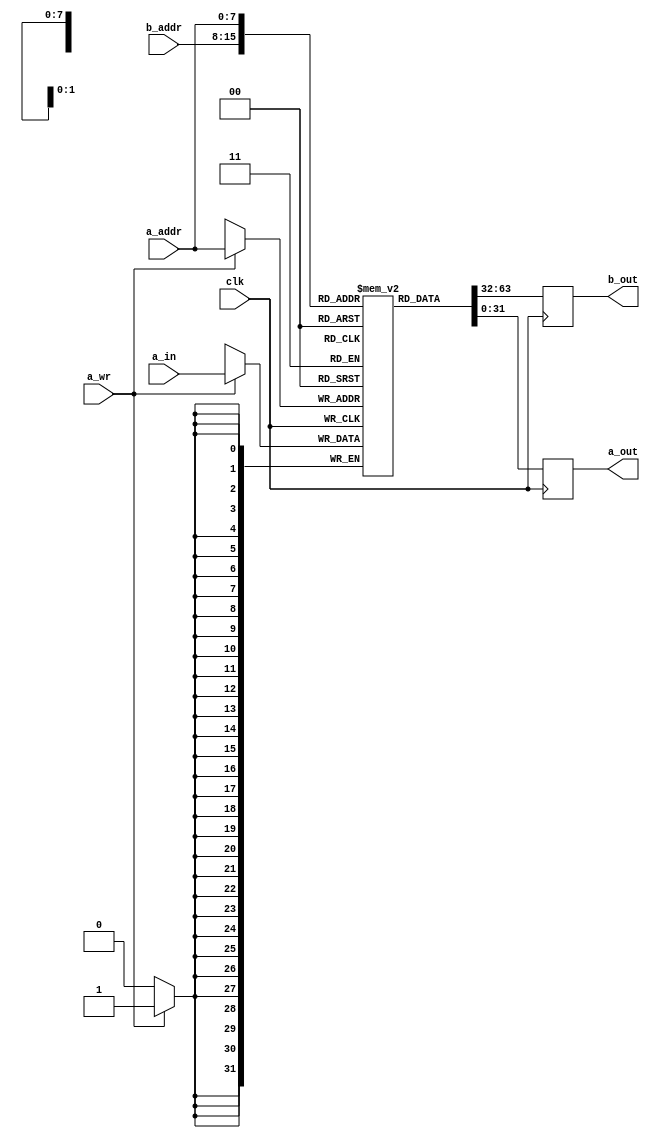
//======================================================================
//
// Copyright (c) 2015, 2018 NORDUnet A/S All rights reserved.
//
// Redistribution and use in source and binary forms, with or without
// modification, are permitted provided that the following conditions
// are met:
// - Redistributions of source code must retain the above copyright
//   notice, this list of conditions and the following disclaimer.
//
// - Redistributions in binary form must reproduce the above copyright
//   notice, this list of conditions and the following disclaimer in the
//   documentation and/or other materials provided with the distribution.
//
// - Neither the name of the NORDUnet nor the names of its contributors may
//   be used to endorse or promote products derived from this software
//   without specific prior written permission.
//
// THIS SOFTWARE IS PROVIDED BY THE COPYRIGHT HOLDERS AND CONTRIBUTORS "AS
// IS" AND ANY EXPRESS OR IMPLIED WARRANTIES, INCLUDING, BUT NOT LIMITED
// TO, THE IMPLIED WARRANTIES OF MERCHANTABILITY AND FITNESS FOR A
// PARTICULAR PURPOSE ARE DISCLAIMED. IN NO EVENT SHALL THE COPYRIGHT
// HOLDER OR CONTRIBUTORS BE LIABLE FOR ANY DIRECT, INDIRECT, INCIDENTAL,
// SPECIAL, EXEMPLARY, OR CONSEQUENTIAL DAMAGES (INCLUDING, BUT NOT LIMITED
// TO, PROCUREMENT OF SUBSTITUTE GOODS OR SERVICES; LOSS OF USE, DATA, OR
// PROFITS; OR BUSINESS INTERRUPTION) HOWEVER CAUSED AND ON ANY THEORY OF
// LIABILITY, WHETHER IN CONTRACT, STRICT LIABILITY, OR TORT (INCLUDING
// NEGLIGENCE OR OTHERWISE) ARISING IN ANY WAY OUT OF THE USE OF THIS
// SOFTWARE, EVEN IF ADVISED OF THE POSSIBILITY OF SUCH DAMAGE.
//
//======================================================================
`timescale 1ns / 1ps

module bram_1rw_1ro_readfirst #
(
    parameter MEM_WIDTH     = 32,
    parameter MEM_ADDR_BITS =  8
)
(
    input   clk,

    input  [MEM_ADDR_BITS-1:0] a_addr,
    input                      a_wr,
    input  [MEM_WIDTH    -1:0] a_in,
    output [MEM_WIDTH    -1:0] a_out,

    input  [MEM_ADDR_BITS-1:0] b_addr,
    output [MEM_WIDTH    -1:0] b_out
);


    //
    // BRAM
    //
    (* RAM_STYLE="BLOCK" *)
    reg [MEM_WIDTH-1:0] bram[0:(2**MEM_ADDR_BITS)-1];


    //
    // Initialization for Simulation
    //
    /*
    integer c;
    initial begin
        for (c=0; c<(2**MEM_ADDR_BITS); c=c+1)
        bram[c] = {MEM_WIDTH{1'b0}};
    end
    */



    //
    // Output Registers
    //
    reg [MEM_WIDTH-1:0] bram_reg_a;
    reg [MEM_WIDTH-1:0] bram_reg_b;

    assign a_out = bram_reg_a;
    assign b_out = bram_reg_b;

    
    //
    // Note, that when both ports are accessing the same location, conflict can
    // potentionally arise. See Xilinx UG473 (pages 19-20, "Conflict
    // Avoidance") for more information. In our configuration to avoid that the
    // write port must be coded to operate in READ_FIRST mode. If the write
    // port is overwriting the same address the read port is accessing, the 
    // write port must read the previously stored data (not the data it is
    // writing, as that would be WRITE_FIRST mode).
    //


    //
    // Read-Write Port A
    //
    always @(posedge clk) begin
        //
        bram_reg_a <= bram[a_addr];
        //
        if (a_wr) bram[a_addr] <= a_in;
        //
    end


    //
    // Read-Only Port B
    //
    always @(posedge clk)
        //
        bram_reg_b <= bram[b_addr];


endmodule